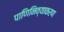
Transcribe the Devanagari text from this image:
पाणिनिव्याकरण